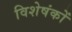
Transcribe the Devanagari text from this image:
विशेषंकों